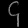
Digit: ၄